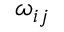
\omega _ { i j }